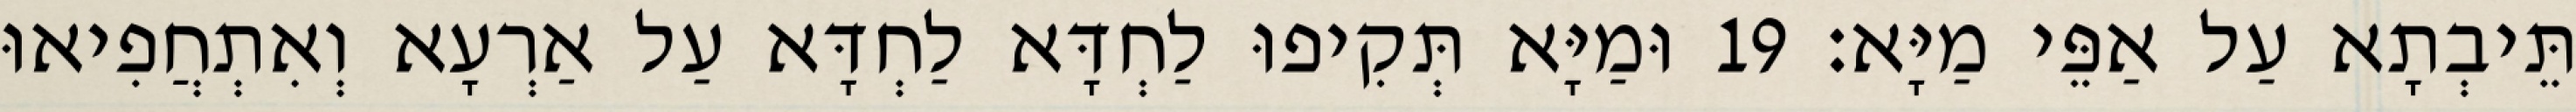
תֵּיבְתָא עַל אַפֵּי מַיָּא׃ 19 וּמַיָּא תְּקִיפוּ לַחְדָּא לַחְדָּא עַל אַרְעָא וְאִתְחֲפִיאוּ